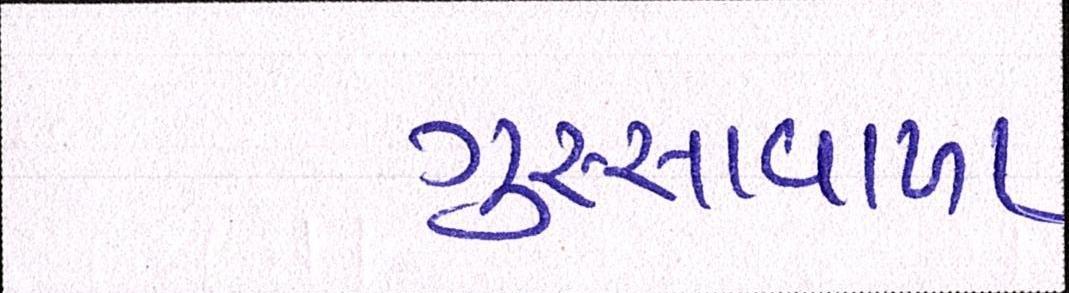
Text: ગુસ્સાવાળા